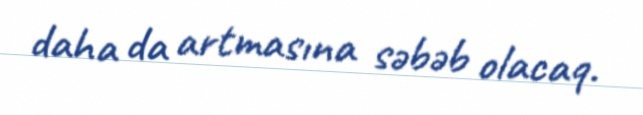
daha da artmasına səbəb olacaq.